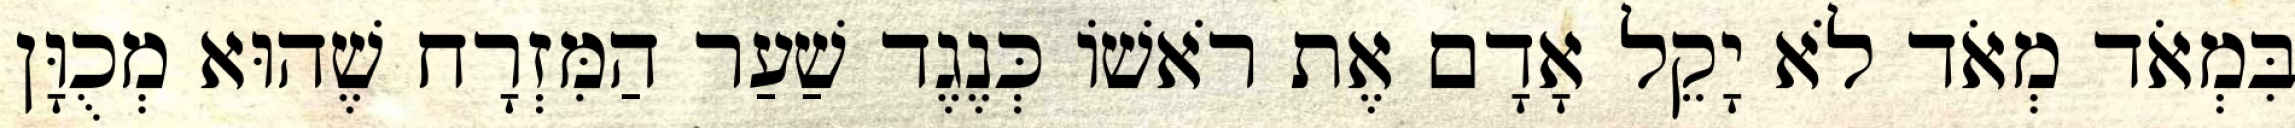
בִּמְאֹד מְאֹד לֹא יָקֵל אָדָם אֶת רֹאשׁוֹ כְּנֶגֶד שַׁעַר הַמִּזְרָח שֶׁהוּא מְכֻוָּן